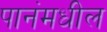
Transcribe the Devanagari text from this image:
पानंमधील